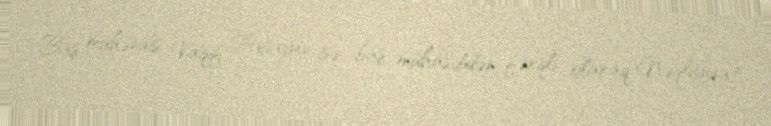
Baş mühəndis Vaqif Paşayev isə baş mühasibdən fərqli olaraq Nəqliyyat